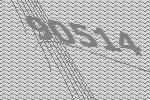
90514